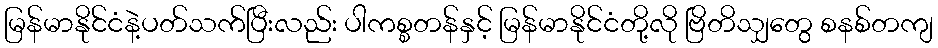
မြန်မာနိုင်ငံနဲ့ပတ်သက်ပြီးလည်း ပါကစ္စတန်နှင့် မြန်မာနိုင်ငံတို့လို ဗြိတိသျှတွေ စနစ်တကျ